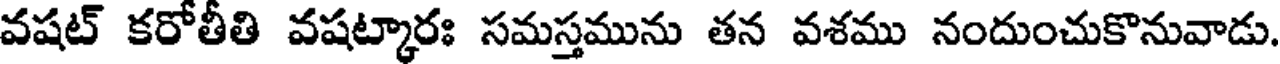
వషట్ కరోతీతి వషట్కారః సమస్తమును తన వశము నందుంచుకొనువాడు.